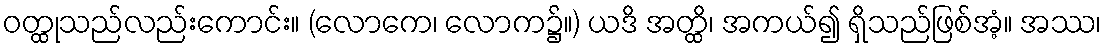
ဝတ္ထုသည်လည်းကောင်း။ (လောကေ၊ လောက၌။) ယဒိ အတ္ထိ၊ အကယ်၍ ရှိသည်ဖြစ်အံ့။ အဿ၊